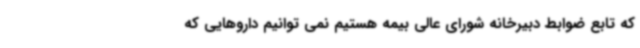
که تابع ضوابط دبیرخانه شورای عالی بیمه هستیم نمی توانیم داروهایی که